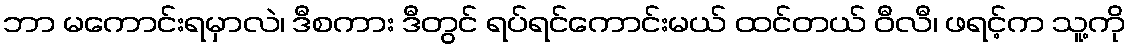
ဘာ မကောင်းရမှာလဲ၊ ဒီစကား ဒီတွင် ရပ်ရင်ကောင်းမယ် ထင်တယ် ဝီလီ၊ ဖရင့်က သူ့ကို